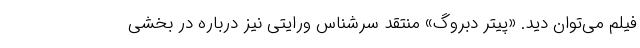
فیلم می‌توان دید. «پیتر دبروگ» منتقد سرشناس ورایتی نیز درباره در بخشی